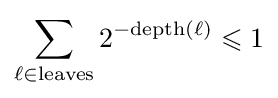
\sum _{\ell \in {\text{leaves}}}2^{-{\text{depth}}(\ell )}\leqslant 1